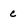
Character: c